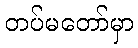
တပ်မတော်မှာ